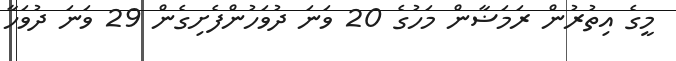
މީގެ އިތުރުން ރަމަޟާން މަހުގެ 20 ވަނަ ދުވަހުންފެށިގެން 29 ވަނަ ދުވަހާ